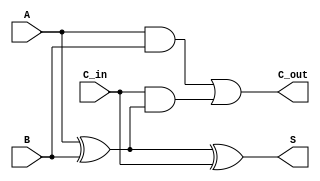
module full_adder (
    input wire A,
    input wire B,
    input wire C_in,
    output wire S,
    output wire C_out
);
    assign S = A ^ B ^ C_in; // Sum
    assign C_out = (A & B) | (C_in & (A ^ B)); // Carry out
endmodule